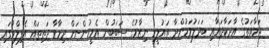
ޖަމާއަތުގެ އާދަކާދައާއި ބަދަލުވަމުންދާ ތައުލީމީ ނިޒާމުގެ ސަބަބުން އެމީހުންނަށް ދިމާވާ ދަތިތައް އެފިލްމުގައި